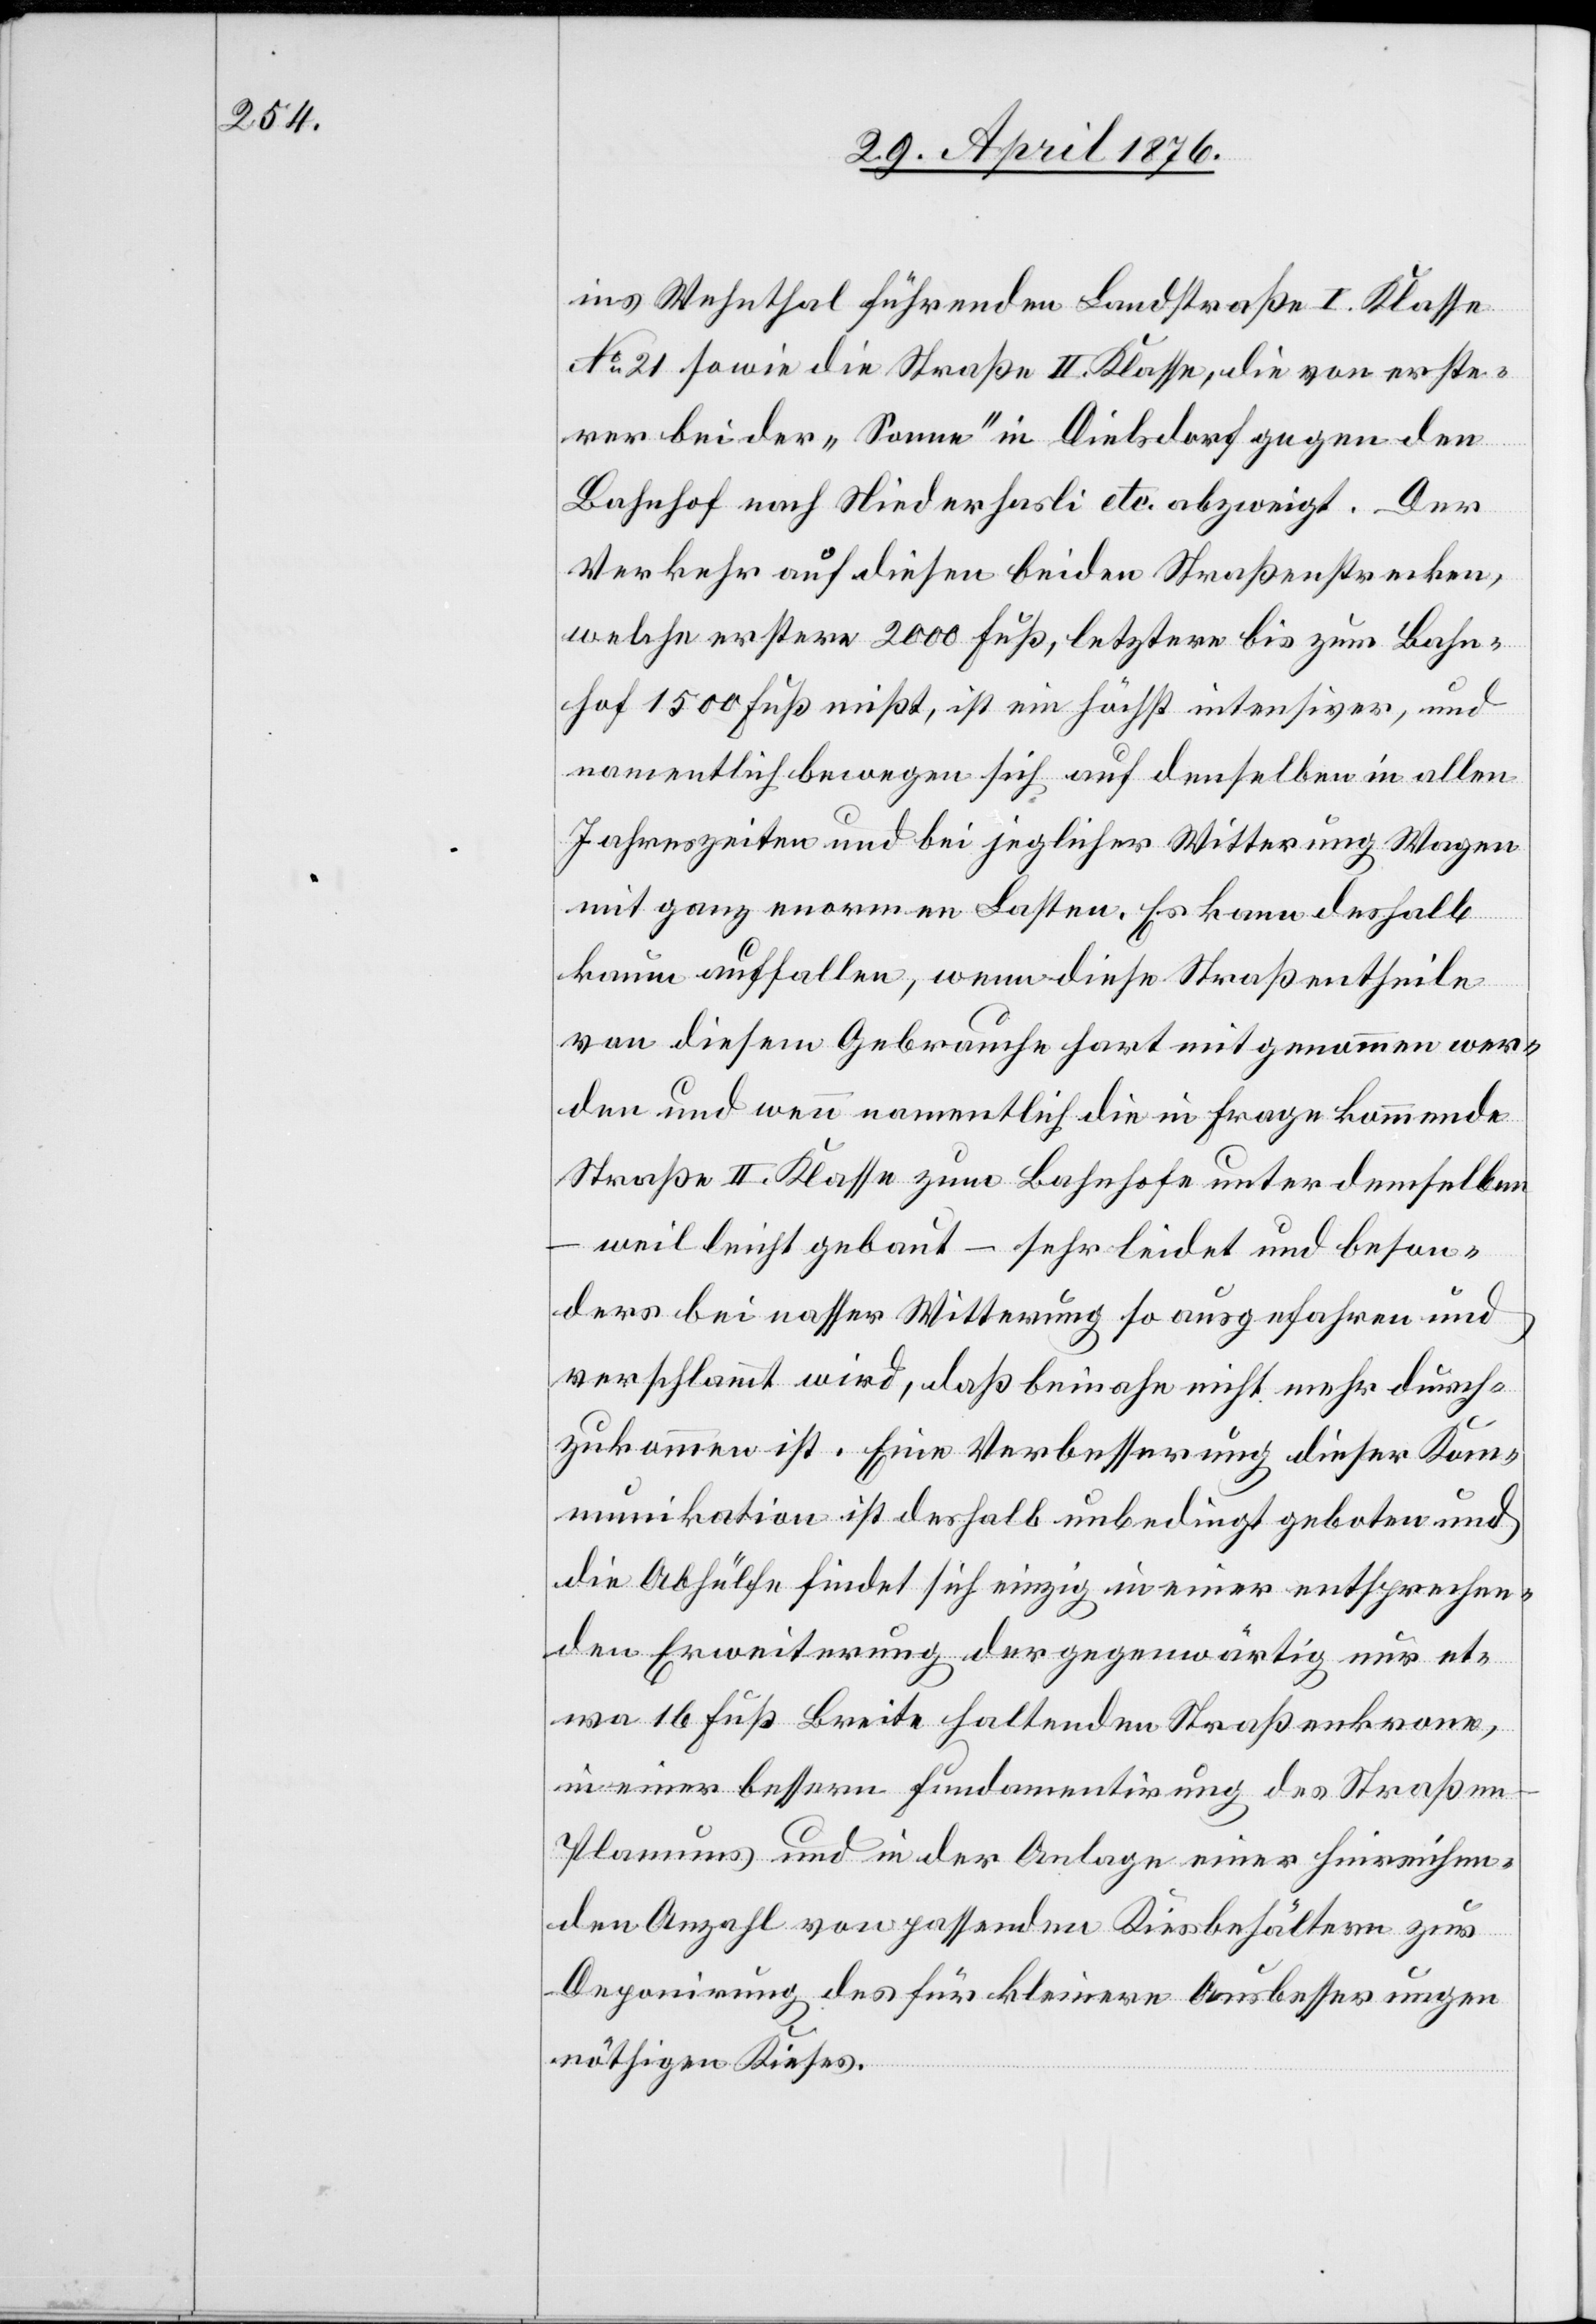
ins Wehnthal führenden Landstraße I. Klasse
No 21 sowie die Straße II. Klasse, die von erste¬
rer bei der „Sonne“ in Dielsdorf gegen den
Bahnhof nach Niederhasli etc. abzweigt. Der
Verkehr auf diesen beiden Straßenstrecken,
welche erstere 2000 Fuß, letztere bis zum Bahn¬
hof 1500 Fuß mißt, ist ein höchst intensiver, und
namentlich bewegen sich auf denselben in allen
Jahreszeiten und bei jeglicher Witterung Wagen
mit ganz enormen Lasten. Es kann deshalb
kaum auffallen, wenn diese Straßentheile
von diesem Gebrauche hart mitgenommen wer¬
den und wenn namentlich die in Frage kommende
Straße II. Klasse zum Bahnhofe unter demselben
weil leicht gebaut – sehr leidet und beson¬
ders bei nasser Witterung so ausgefahren und
verschlammt wird, daß beinahe nicht mehr durch¬
zukommen ist. Eine Verbesserung dieser Kom¬
munikation ist deshalb unbedingt geboten und
die Abhülfe findet sich einzig in einer entsprechen¬
den Erweiterung der gegenwärtig nur et¬
wa 16 Fuß Breite haltenden Straßenkrone,
in einer bessern Fundamentirung des Straße¬
n-Planes und in der Anlage einer hinreichen¬
den Anzahl von passenden Kiesbehältern zur
Deponirung des für kleinere Ausbesserungen
nöthigen Kieses.